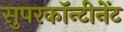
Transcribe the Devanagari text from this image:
सुपरकॉन्टीनेंट